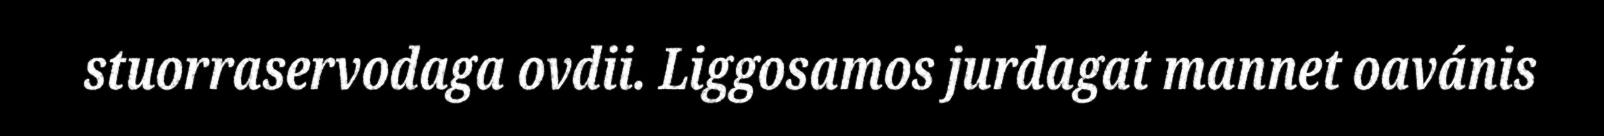
stuorraservodaga ovdii. Liggosamos jurdagat mannet oavánis